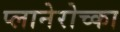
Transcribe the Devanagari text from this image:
प्लानेरोच्का